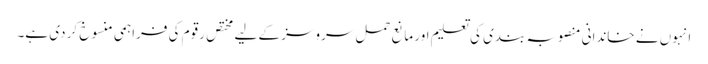
انہوں نے خاندانی منصوبہ بندی کی تعلیم اور مانع حمل سروسز کے لیے مختص رقوم کی فراہمی منسوخ کر دی ہے۔